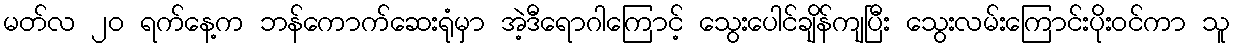
မတ်လ ၂၀ ရက်နေ့က ဘန်ကောက်ဆေးရုံမှာ အဲ့ဒီရောဂါကြောင့် သွေးပေါင်ချိန်ကျပြီး သွေးလမ်းကြောင်းပိုးဝင်ကာ သူ